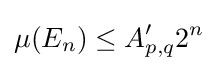
\mu (E_{n})\leq A_{p,q}'2^{n}